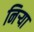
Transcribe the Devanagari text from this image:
निर्‍या